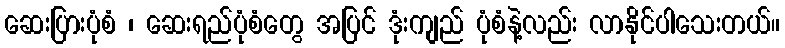
ဆေးပြားပုံစံ ၊ ဆေးရည်ပုံစံတွေ အပြင် ဒုံးကျည် ပုံစံနဲ့လည်း လာနိုင်ပါသေးတယ်။